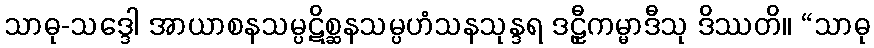
သာဓု-သဒ္ဒေါ အာယာစနသမ္ပဋိစ္ဆနသမ္ပဟံသနသုန္ဒရ ဒဠှီကမ္မာဒီသု ဒိဿတိ။ “သာဓု